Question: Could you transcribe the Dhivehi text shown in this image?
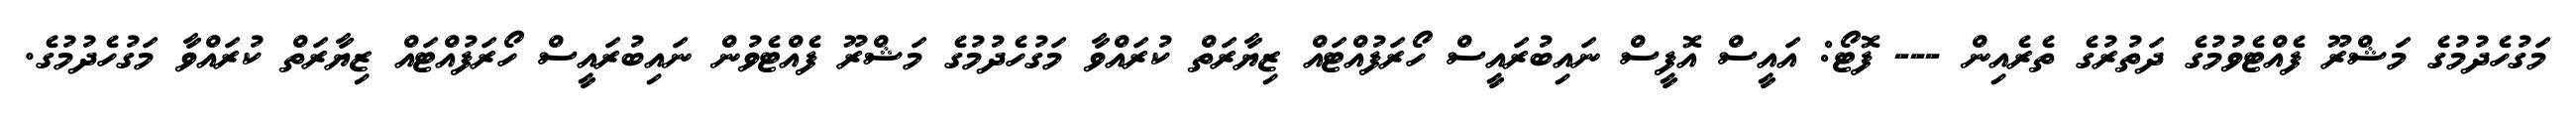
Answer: މަގުހެދުމުގެ މަޝްރޫ ފެއްޓެވުމުގެ ދަތުރުގެ ތެރެއިން --- ފޮޓޯ: އައީސް އޮފީސް ނައިބުރައީސް ހޯރަފުއްޓައް ޒިޔާރަތް ކުރައްވާ މަގުހެދުމުގެ މަޝްރޫ ފެއްޓެވުން ނައިބުރައީސް ހޯރަފުއްޓައް ޒިޔާރަތް ކުރައްވާ މަގުހެދުމުގެ.